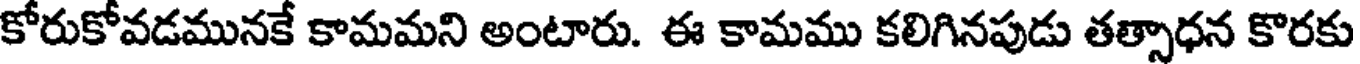
కోరుకోవడమునకే కామమని అంటారు. ఈ కామము కలిగినపుడు తత్సాధన కొరకు